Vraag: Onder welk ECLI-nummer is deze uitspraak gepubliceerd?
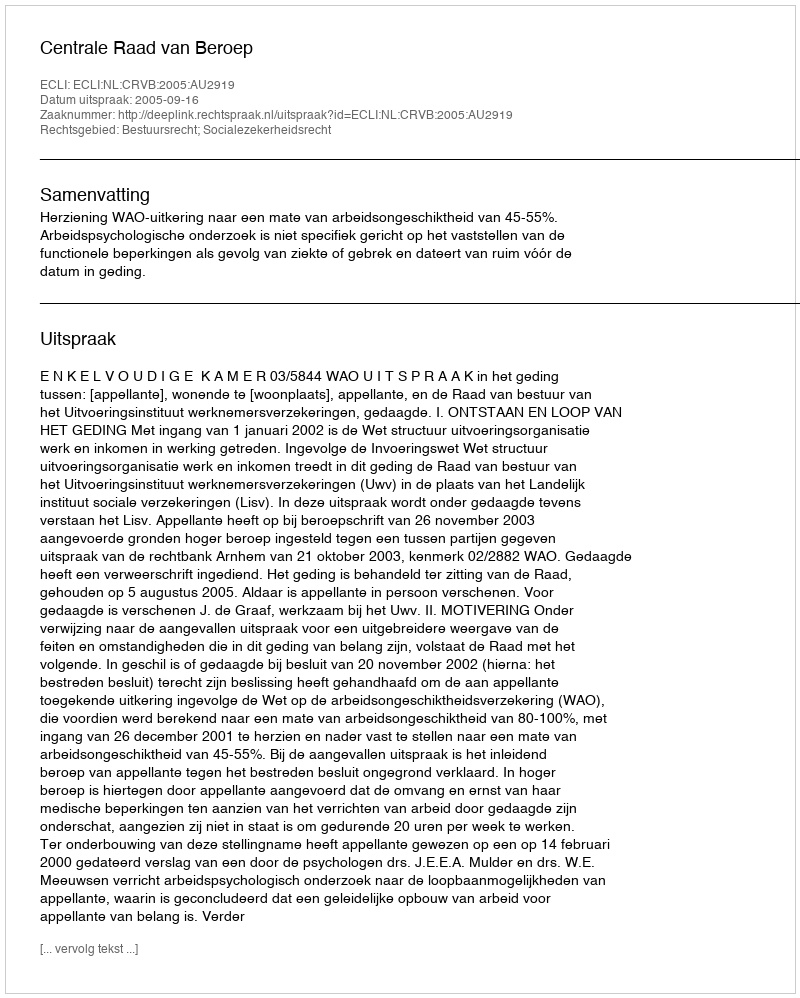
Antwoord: ECLI:NL:CRVB:2005:AU2919